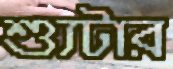
শ্যুটার